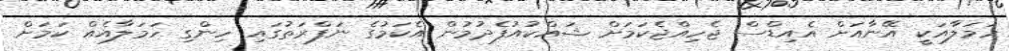
ހަމަލާއަކީ އޭނާއަށް އެއިޑްސް ޖެހިއްޖެކަމަށް ޝައްކުއުފެދުމުން އެކަމުގެ ނަފްރަތުގައި ހިންގި ހަމަލާއެއް ކަމަށް